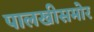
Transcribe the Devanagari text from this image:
पालखीसमोर